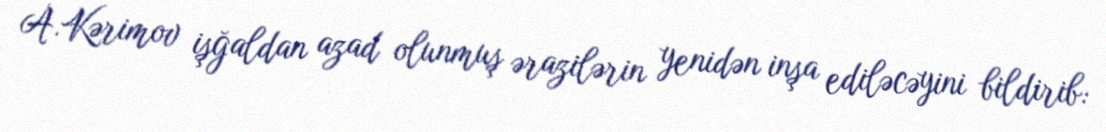
A.Kərimov işğaldan azad olunmuş ərazilərin yenidən inşa ediləcəyini bildirib: